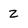
Character: Z